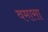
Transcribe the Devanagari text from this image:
वमासा